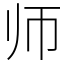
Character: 师